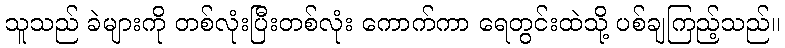
သူသည် ခဲများကို တစ်လုံးပြီးတစ်လုံး ကောက်ကာ ရေတွင်းထဲသို့ ပစ်ချကြည့်သည်။